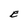
Character: E